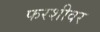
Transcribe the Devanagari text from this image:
फरशीवर